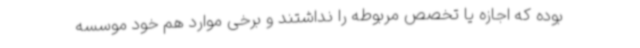
بوده که اجازه یا تخصص مربوطه را نداشتند و برخی موارد هم خود موسسه